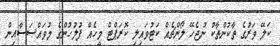
ކަލޭ ވަރުގެ ތާކުންތާކު ނުޖެހޭ ލޯންޗެއް ކަޓުވައިލި ކޮރަޕްޓް މީހެއް ފުލުހުންގެ މުވައްޞަސާއިން